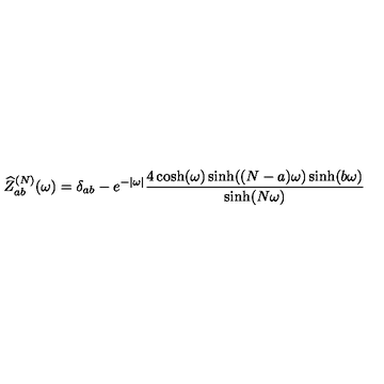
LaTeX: \widehat { Z } _ { a b } ^ { ( N ) } ( \omega ) = \delta _ { a b } - e ^ { - | \omega | } \frac { 4 \cosh ( \omega ) \sinh ( ( N - a ) \omega ) \sinh ( b \omega ) } { \sinh ( N \omega ) }